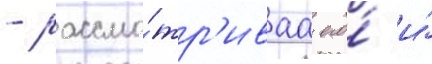
- рассма́тр'иваа его́ и́